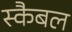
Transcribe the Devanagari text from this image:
स्कैबल